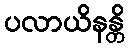
ပလာယိနန္တိ